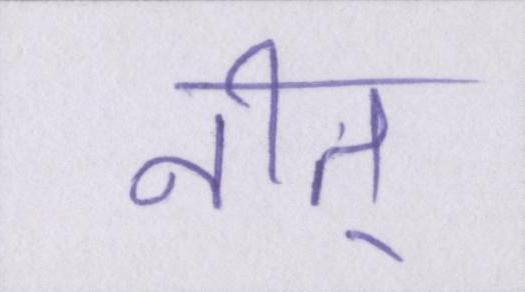
नीतू